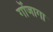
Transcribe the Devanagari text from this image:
गोंजागा